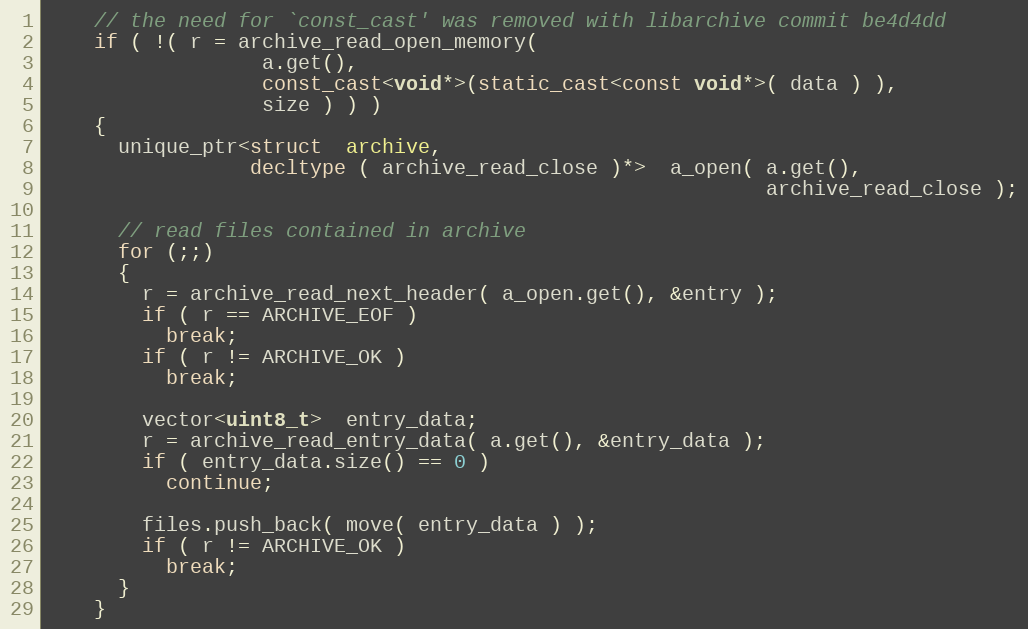
Language: C++
    // the need for `const_cast' was removed with libarchive commit be4d4dd
    if ( !( r = archive_read_open_memory(
                  a.get(),
                  const_cast<void*>(static_cast<const void*>( data ) ),
                  size ) ) )
    {
      unique_ptr<struct  archive,
                 decltype ( archive_read_close )*>  a_open( a.get(),
                                                            archive_read_close );

      // read files contained in archive
      for (;;)
      {
        r = archive_read_next_header( a_open.get(), &entry );
        if ( r == ARCHIVE_EOF )
          break;
        if ( r != ARCHIVE_OK )
          break;

        vector<uint8_t>  entry_data;
        r = archive_read_entry_data( a.get(), &entry_data );
        if ( entry_data.size() == 0 )
          continue;

        files.push_back( move( entry_data ) );
        if ( r != ARCHIVE_OK )
          break;
      }
    }